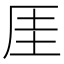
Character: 厓